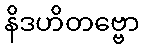
နိဒဟိတဗ္ဗော